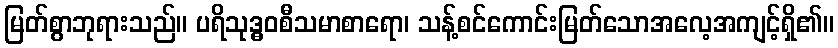
မြတ်စွာဘုရားသည်။ ပရိသုဒ္ဓဝစီသမာစာရော၊ သန့်စင်ကောင်းမြတ်သောအလေ့အကျင့်ရှိ၏။